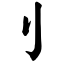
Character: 刂